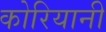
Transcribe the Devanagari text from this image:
कोरियानी